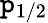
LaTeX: \mathtt{p}_{1/2}